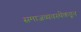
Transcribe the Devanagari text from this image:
समाजव्यवस्थेकडून